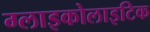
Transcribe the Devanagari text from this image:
ग्लाइकोलाइटिक